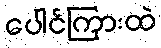
ပေါင်ကြားထဲ